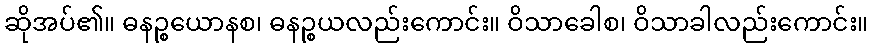
ဆိုအပ်၏။ ဓနဉ္စယောနစ၊ ဓနဉ္စယလည်းကောင်း။ ဝိသာခေါစ၊ ဝိသာခါလည်းကောင်း။